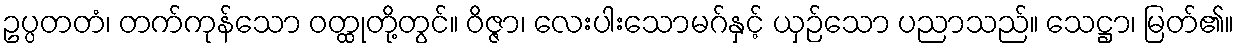
ဥပ္ပတတံ၊ တက်ကုန်သော ဝတ္ထုတို့တွင်။ ဝိဇ္ဇာ၊ လေးပါးသောမဂ်နှင့် ယှဉ်သော ပညာသည်။ သေဋ္ဌာ၊ မြတ်၏။